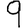
Digit: 9